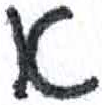
אות: א